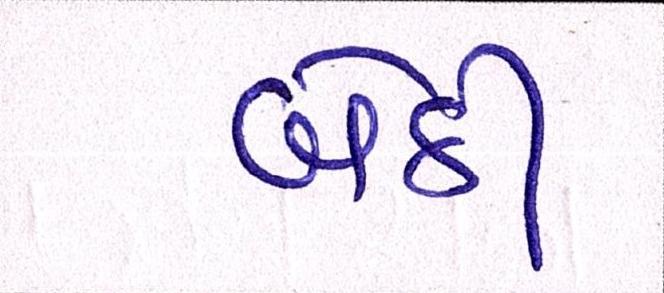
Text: બેઠી